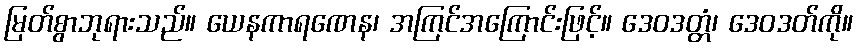
မြတ်စွာဘုရားသည်။ ယေနကာရဏေန၊ အကြင်အကြောင်းဖြင့်။ ဒေဝဒတ္တံ၊ ဒေဝဒတ်ကို။